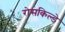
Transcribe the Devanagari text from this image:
रोसकिल्डे